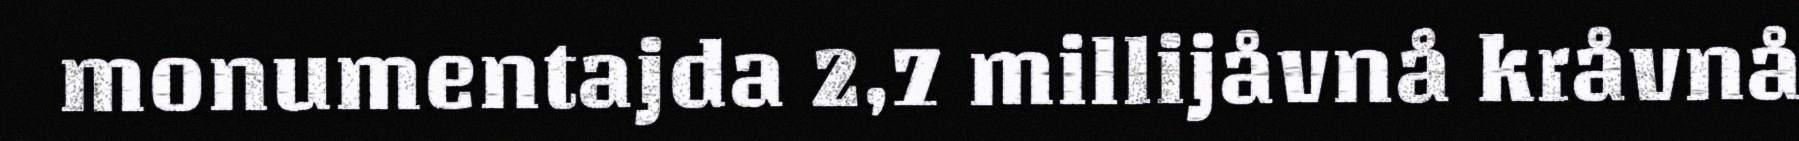
monumentajda 2,7 millijåvnå kråvnå